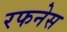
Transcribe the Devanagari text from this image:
रफनेस